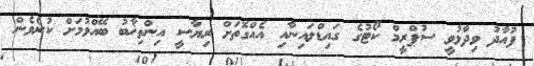
ފުއާދު ވިދާޅުވީ ސުޕްރީމް ކޯޓުގެ ގައިޑްލައިނާއި އެއްގޮތަށް ރިޔާސީ އިންތިޚާބު ބޭއްވުމަށް ކުރެވެން